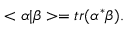
< \alpha \vert \beta > = t r ( \alpha ^ { * } \beta ) .